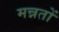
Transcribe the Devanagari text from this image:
मन्नतों